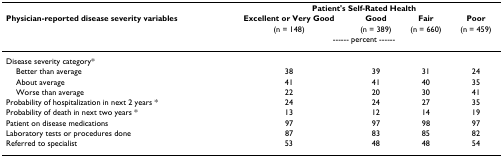
|  | <COLSPAN=4> Patient's Self-Rated Health |
 | Physician-reported disease severity variables | Excellent or Very Good | Good | Fair | Poor |
 |  | (n = 148) | (n = 389) | (n = 660) | (n = 459) |
 |  | <COLSPAN=4> ------ percent ------ |
 | --- | --- | --- | --- | --- |
 | Disease severity category* |  |  |  |  |
 | Better than average | 38 | 39 | 31 | 24 |
 | About average | 41 | 41 | 40 | 35 |
 | Worse than average | 22 | 20 | 30 | 41 |
 | Probability of hospitalization in next 2 years * | 24 | 24 | 27 | 35 |
 | Probability of death in next two years * | 13 | 12 | 14 | 19 |
 | Patient on disease medications | 97 | 97 | 98 | 97 |
 | Laboratory tests or procedures done | 87 | 83 | 85 | 82 |
 | Referred to specialist | 53 | 48 | 48 | 54 |